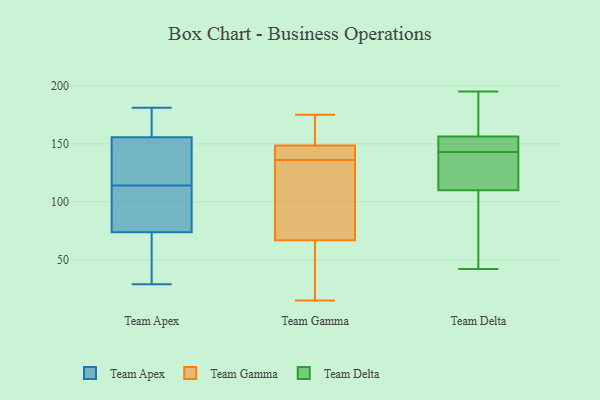
{"axis": {"x": "Bounce Rate (%)", "y": "Value"}, "legend": ["Team Apex", "Team Delta", "Team Gamma"], "data": [{"x": "", "y": 70, "type": "Team Apex"}, {"x": "", "y": 163, "type": "Team Apex"}, {"x": "", "y": 146, "type": "Team Apex"}, {"x": "", "y": 47, "type": "Team Apex"}, {"x": "", "y": 156, "type": "Team Apex"}, {"x": "", "y": 120, "type": "Team Apex"}, {"x": "", "y": 42, "type": "Team Apex"}, {"x": "", "y": 114, "type": "Team Apex"}, {"x": "", "y": 112, "type": "Team Apex"}, {"x": "", "y": 91, "type": "Team Apex"}, {"x": "", "y": 32, "type": "Team Apex"}, {"x": "", "y": 29, "type": "Team Apex"}, {"x": "", "y": 159, "type": "Team Apex"}, {"x": "", "y": 173, "type": "Team Apex"}, {"x": "", "y": 155, "type": "Team Apex"}, {"x": "", "y": 114, "type": "Team Apex"}, {"x": "", "y": 181, "type": "Team Apex"}, {"x": "", "y": 85, "type": "Team Apex"}, {"x": "", "y": 116, "type": "Team Apex"}, {"x": "", "y": 142, "type": "Team Gamma"}, {"x": "", "y": 157, "type": "Team Gamma"}, {"x": "", "y": 76, "type": "Team Gamma"}, {"x": "", "y": 136, "type": "Team Gamma"}, {"x": "", "y": 65, "type": "Team Gamma"}, {"x": "", "y": 150, "type": "Team Gamma"}, {"x": "", "y": 144, "type": "Team Gamma"}, {"x": "", "y": 15, "type": "Team Gamma"}, {"x": "", "y": 72, "type": "Team Gamma"}, {"x": "", "y": 64, "type": "Team Gamma"}, {"x": "", "y": 175, "type": "Team Gamma"}, {"x": "", "y": 46, "type": "Team Delta"}, {"x": "", "y": 163, "type": "Team Delta"}, {"x": "", "y": 118, "type": "Team Delta"}, {"x": "", "y": 155, "type": "Team Delta"}, {"x": "", "y": 143, "type": "Team Delta"}, {"x": "", "y": 112, "type": "Team Delta"}, {"x": "", "y": 195, "type": "Team Delta"}, {"x": "", "y": 146, "type": "Team Delta"}, {"x": "", "y": 42, "type": "Team Delta"}, {"x": "", "y": 160, "type": "Team Delta"}, {"x": "", "y": 104, "type": "Team Delta"}, {"x": "", "y": 145, "type": "Team Delta"}, {"x": "", "y": 118, "type": "Team Delta"}]}